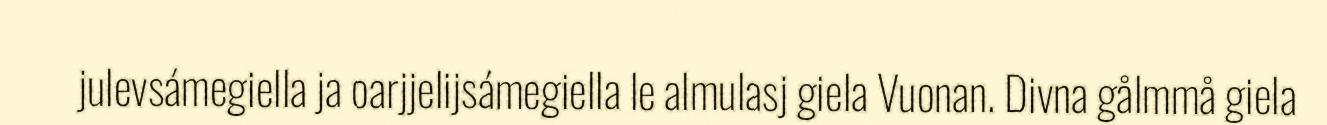
julevsámegiella ja oarjjelijsámegiella le almulasj giela Vuonan. Divna gålmmå giela